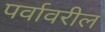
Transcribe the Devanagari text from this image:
पर्वावरील